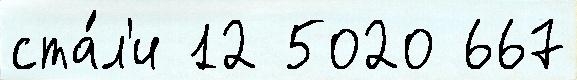
ста́л'и 12 5020 667